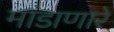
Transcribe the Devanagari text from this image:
मांडाणारे